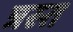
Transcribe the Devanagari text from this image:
त्रस्‍त